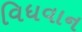
વિધવાન